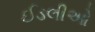
ઈડલીઓ